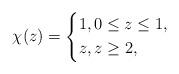
LaTeX: \begin{align*}\chi (z) =\left\{\aligned& 1,0 \leq z\leq 1, \\& z,z \geq 2,\endaligned\right.\end{align*}